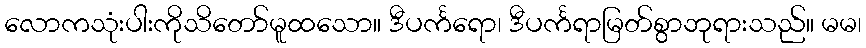
လောကသုံးပါးကိုသိတော်မူထသော။ ဒီပင်္ကရော၊ ဒီပင်္ကရာမြတ်စွာဘုရားသည်။ မမ၊